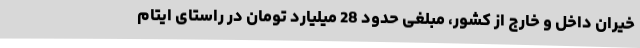
خیران داخل و خارج از کشور، مبلغی حدود 28 میلیارد تومان در راستای ایتام